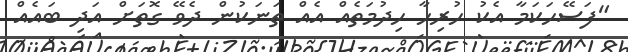
"ފަސޭހަކަމާ އެކު ހުރިހާ ހިދުމަތެއް އެއް ތަނަކުން ދެވޭ ގޮތަށް އަދި ބައެއް